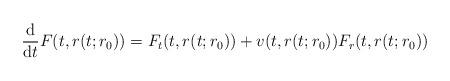
LaTeX: \begin{align*}\frac{\mathrm{d}}{\mathrm{d}t}F(t,r(t;r_{0}))=F_{t}(t,r(t;r_{0}))+v(t,r(t;r_{0}))F_{r}(t,r(t;r_{0})) \end{align*}